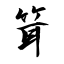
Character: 箿